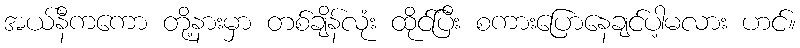
အယ်နီကကော တို့နားမှာ တစ်ချိန်လုံး ထိုင်ပြီး စကားပြောနေချင်ပါ့မလား ဟင်။